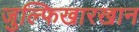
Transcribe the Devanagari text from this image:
जुल्फिखारखान